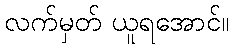
လက်မှတ် ယူရအောင်။